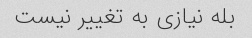
بله نیازی به تغییر نیست